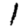
Digit: 1